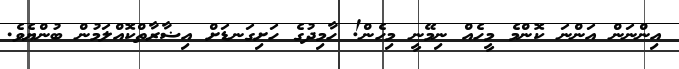
އިންނަން އަންނަ ކޮންމެ މީހެއް ނިމޭނީ މިހެން! ހާމިދުގެ ހަށިގަނޑަށް އިޟާރާތްކޮއްލަމުން ބުންޔެވެ.